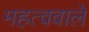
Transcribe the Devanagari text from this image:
महत्ववाले